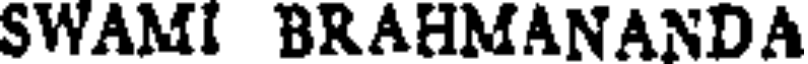
SWAMI BRAHMANANDA